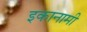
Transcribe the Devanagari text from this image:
इकानामी